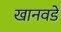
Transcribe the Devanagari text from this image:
खानवडे